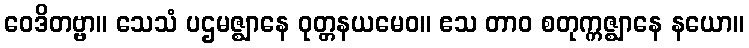
ဝေဒိတဗ္ဗာ။ သေသံ ပဌမဇ္ဈာနေ ဝုတ္တနယမေဝ။ ဧသ တာဝ စတုက္ကဇ္ဈာနေ နယော။